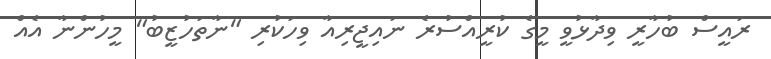
ރައީސް ބުހާރީ ވިދާޅުވީ މީގެ ކުރީއްސުރެ ނައިޖީރިއާ ވިހަކުރި "ނާތަހުޒީބު" މީހުންނާ އެއް